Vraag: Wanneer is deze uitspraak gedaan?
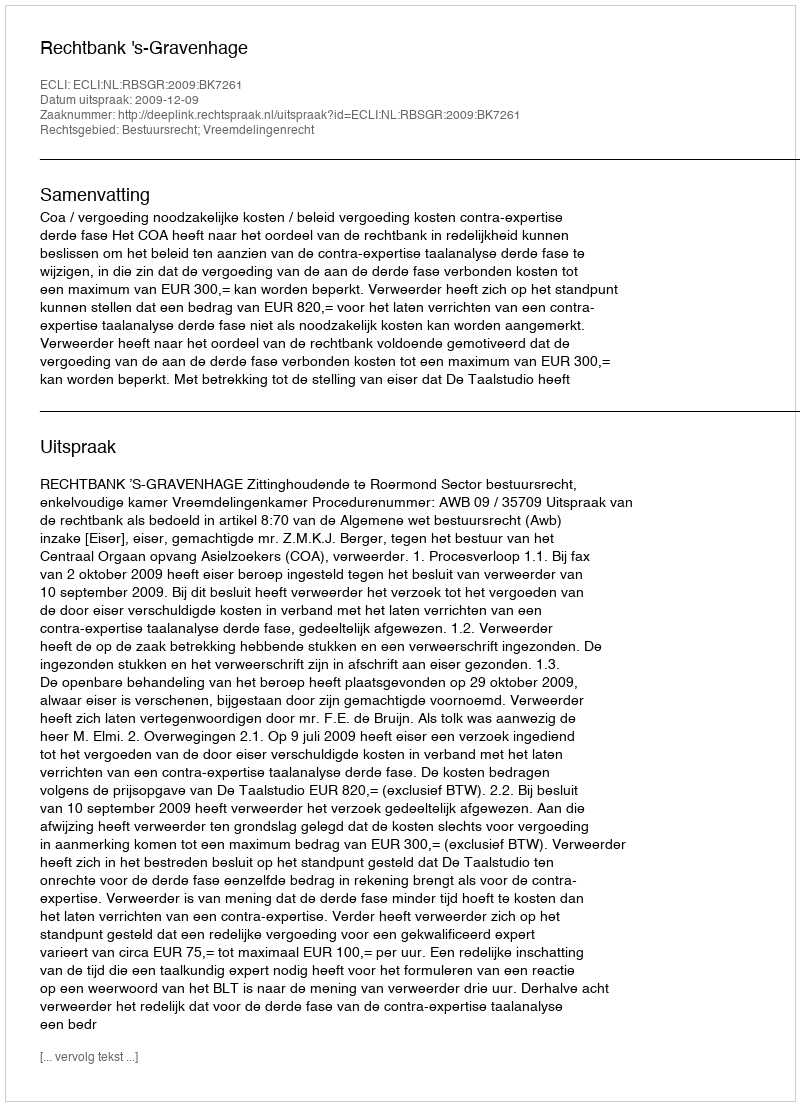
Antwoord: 2009-12-09